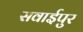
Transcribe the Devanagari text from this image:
सवाईपुर